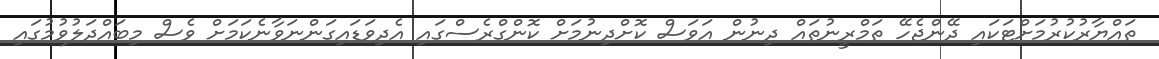
ތައްޔާރުކުރުމަށްޓަކައި ދޭންޖެހޭ ތަމްރީނުތައް ދިނުން އަވަސް ކޮށްދިނުމަށް ކޮންގްރެސްގައި އެދިވަޑައިގަންނަވާނެކަމަށް ވެސް މިބައްދަލުވުމުގައި